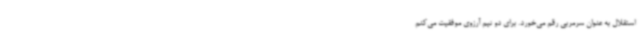
استقلال به عنوان سرمربی رقم می‌خورد. برای دو تیم آرزوی موفقیت می‌کنم